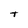
Character: t